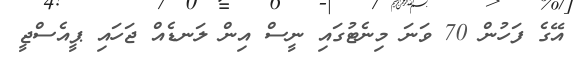
އޭގެ ފަހުން 70 ވަނަ މިނެޓުގައި ނީސް އިން ލަނޑެއް ޖަހައި ޕީއެސްޖީ